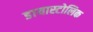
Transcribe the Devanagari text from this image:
डायास्टोलिक